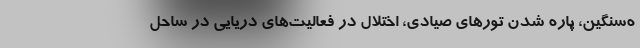
ه‌سنگین، پاره شدن تورهای صیادی، اختلال در فعالیت‌های دریایی در ساحل